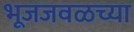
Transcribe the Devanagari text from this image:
भूजजवळच्या